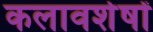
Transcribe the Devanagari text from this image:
कलावशेषों